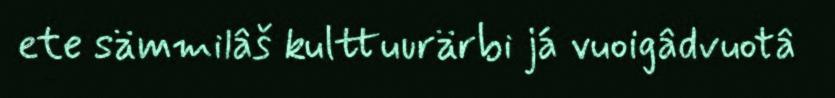
ete sämmilâš kulttuurärbi já vuoigâdvuotâ